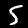
Digit: 5